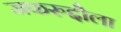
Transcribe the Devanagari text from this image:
जफरुद्दौला